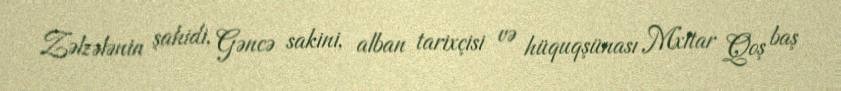
Zəlzələnin şahidi, Gəncə sakini, alban tarixçisi və hüquqşünası Mxitar Qoş baş